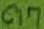
Text: C17